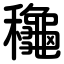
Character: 龝